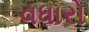
વધારો